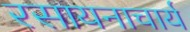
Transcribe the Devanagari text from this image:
रसायनाचार्य